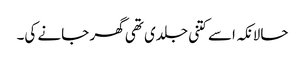
حالانکہ اسے کتنی جلدی تھی گھر جانے کی۔